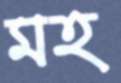
মহ